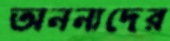
অনন্যদের